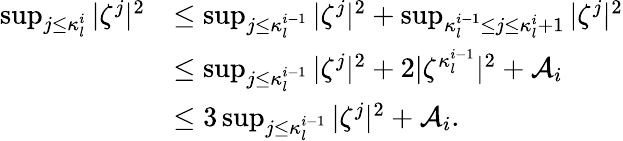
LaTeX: \begin{array}{rl}{\operatorname*{sup}_{j\leq\kappa_{l}^{i}}|\zeta^{j}|^{2}}&{\leq\operatorname*{sup}_{j\leq\kappa_{l}^{i-1}}|\zeta^{j}|^{2}+\operatorname*{sup}_{\kappa_{l}^{i-1}\leq j\leq\kappa_{l}^{i}+1}|\zeta^{j}|^{2}}\\ &{\leq\operatorname*{sup}_{j\leq\kappa_{l}^{i-1}}|\zeta^{j}|^{2}+2|\zeta^{\kappa_{l}^{i-1}}|^{2}+\mathcal{A}_{i}}\\ &{\leq 3\operatorname*{sup}_{j\leq\kappa_{l}^{i-1}}|\zeta^{j}|^{2}+\mathcal{A}_{i}.}\end{array}